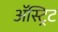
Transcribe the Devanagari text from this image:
ॲस्ट्रिट